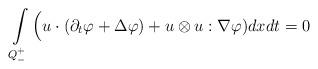
LaTeX: \begin{align*} \int\limits_{Q^+_-}\Big(u\cdot(\partial_t\varphi+\Delta \varphi)+u\otimes u:\nabla\varphi)dx dt=0\end{align*}